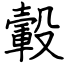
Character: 轂